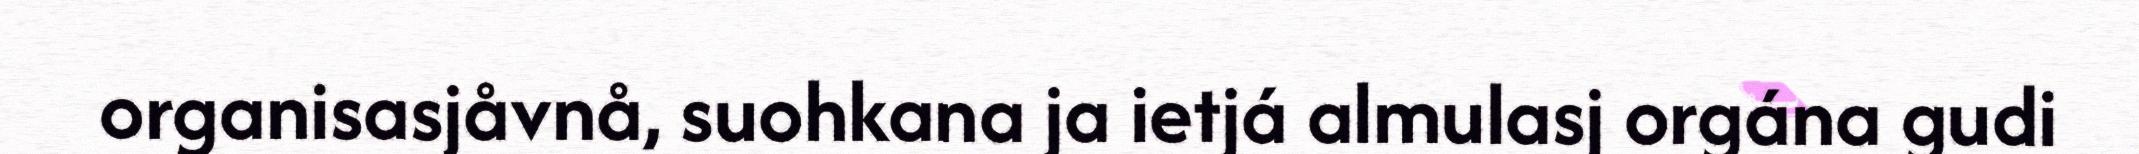
organisasjåvnå, suohkana ja ietjá almulasj orgána gudi